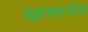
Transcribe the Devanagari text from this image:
खासानोव